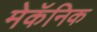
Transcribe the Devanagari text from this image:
मेकॅनिक